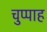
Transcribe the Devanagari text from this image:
चुप्पाह